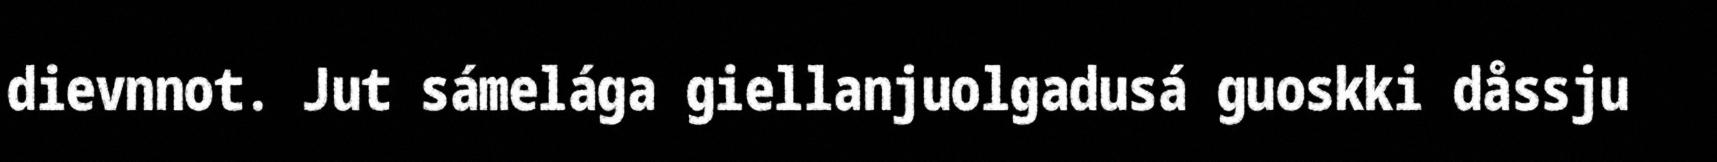
dievnnot. Jut sámelága giellanjuolgadusá guoskki dåssju